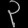
Digit: ၃